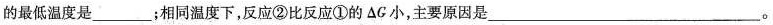
的最低温度是___；相同温度下，反应②比反应①的\Delta G小，主要原因是___。